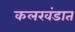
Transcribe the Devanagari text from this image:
कलखंडात